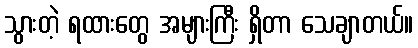
သွားတဲ့ ရထားတွေ အများကြီး ရှိတာ သေချာတယ်။